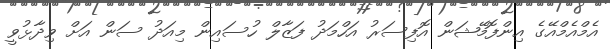
އެމްއެމްއޭގެ އިންފޮމޭޝަން އޮފިސަރު އަހްމަދު ފަޒާލް ހުސައިން މިއަދު ސަން އަށް ވިދާޅުވީ